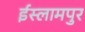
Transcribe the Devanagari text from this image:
ईस्लामपुर